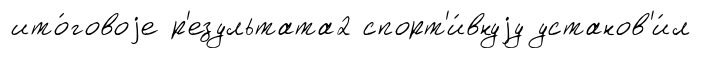
ито́говоjе р'езультата2 спорт'и́внуjу установ'и́л